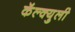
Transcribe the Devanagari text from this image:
कॅल्क्युली